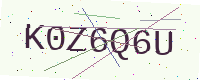
Text: K0Z6Q6U